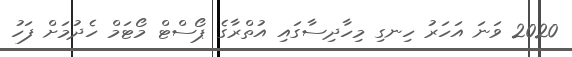
2020 ވަނަ އަހަރު ހިނގި މިހާދިސާގައި އުތްރާގެ ޕޯސްޓް މޯޓަމް ހެދުމަށް ފަހު